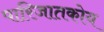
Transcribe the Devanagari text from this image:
पारिजातकोय